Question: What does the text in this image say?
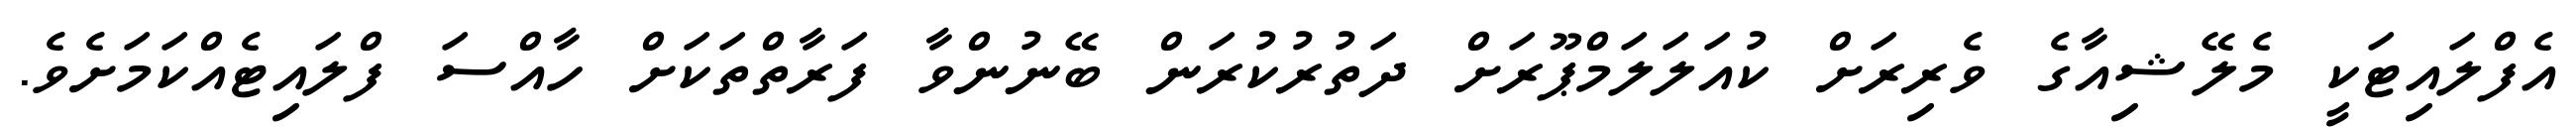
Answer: އެފްލައިޓަކީ މެލޭޝިއާގެ ވެރިރަށް ކުއަލަލަމްޕޫރަށް ދަތުރުކުރަން ބޭނުންވާ ފަރާތްތަކަށް ހާއްސަ ފްލައިޓެއްކަމަށެވެ.